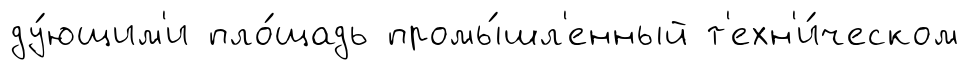
ду́ющим'и пло́щадь промы́шл'енный т'ехн'и́ческом